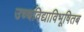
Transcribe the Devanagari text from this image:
उच्चविद्याविभूषितब